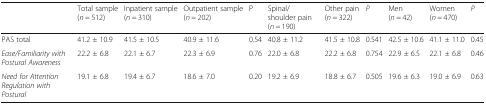
<table><thead><tr><td></td><td><b>Total sample (<i>n</i> = 512)</b></td><td><b>Inpatient sample (<i>n</i> = 310)</b></td><td><b>Outpatient sample (<i>n</i> = 202)</b></td><td><b>P</b></td><td><b>Spinal/ shoulder pain (<i>n</i> = 190)</b></td><td><b>Other pain (<i>n</i> = 322)</b></td><td><b><i>P</i></b></td><td><b>Men (<i>n</i> = 42)</b></td><td><b>Women (<i>n</i> = 470)</b></td><td><b><i>P</i></b></td></tr></thead><tbody><tr><td>PAS total</td><td>41.2 ± 10.9</td><td>41.5 ± 10.5</td><td>40.9 ± 11.6</td><td>0.54</td><td>40.8 ± 11.2</td><td>41.5 ± 10.8</td><td>0.541</td><td>42.5 ± 10.6</td><td>41.1 ± 11.0</td><td>0.45</td></tr><tr><td><i>Ease/Familiarity with Postural Awareness</i></td><td>22.2 ± 6.8</td><td>22.1 ± 6.7</td><td>22.3 ± 6.9</td><td>0.76</td><td>22.0 ± 6.8</td><td>22.2 ± 6.8</td><td>0.754</td><td>22.9 ± 6.5</td><td>22.1 ± 6.8</td><td>0.46</td></tr><tr><td><i>Need for Attention Regulation with Postural</i></td><td>19.1 ± 6.8</td><td>19.4 ± 6.7</td><td>18.6 ± 7.0</td><td>0.20</td><td>19.2 ± 6.9</td><td>18.8 ± 6.7</td><td>0.505</td><td>19.6 ± 6.3</td><td>19.0 ± 6.9</td><td>0.63</td></tr></tbody></table>